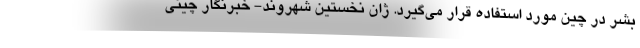
بشر در چین مورد استفاده قرار می‌گیرد. ژان نخستین شهروند- خبرنگار چینی